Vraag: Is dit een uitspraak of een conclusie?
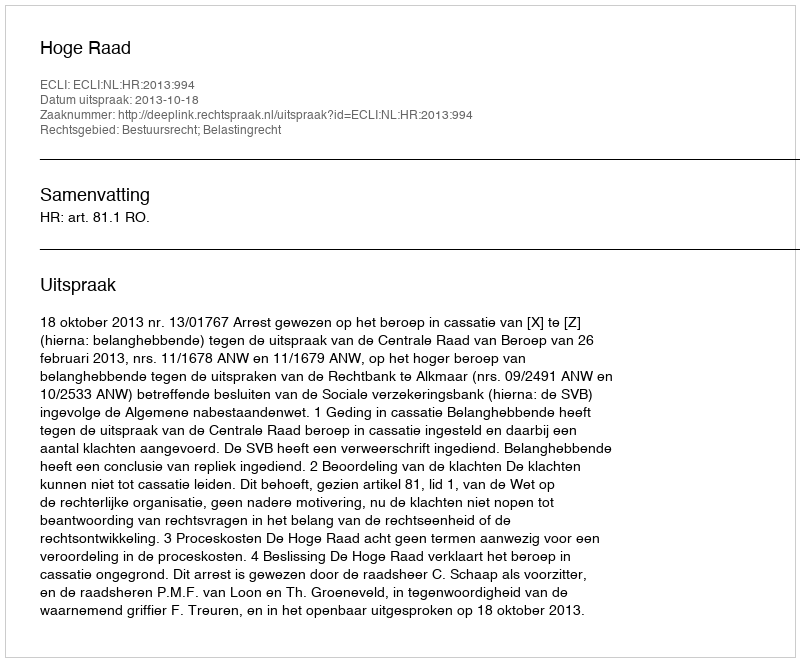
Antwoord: Uitspraak